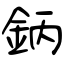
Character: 鈵